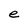
Character: e